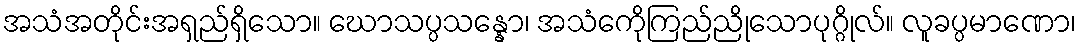
အသံအတိုင်းအရှည်ရှိသော။ ဃောသပ္ပသန္နော၊ အသံကေိုကြည်ညိုသောပုဂ္ဂိုလ်။ လူခပ္ပမာဏော၊